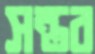
সন্তর